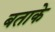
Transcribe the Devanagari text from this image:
बताके